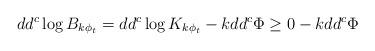
LaTeX: \begin{align*}dd^{c}\log B_{k\phi_{t}}=dd^{c}\log K_{k\phi_{t}}-kdd^{c}\Phi\geq0-kdd^{c}\Phi\end{align*}